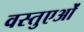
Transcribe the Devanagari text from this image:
वस्तुएओं